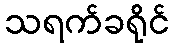
သရက်ခရိုင်